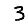
Digit: 3